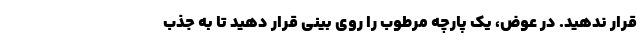
قرار ندهید. در عوض، یک پارچه مرطوب را روی بینی قرار دهید تا به جذب